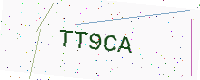
Text: TT9CA